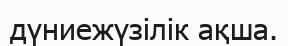
дүниежүзілік ақша.